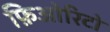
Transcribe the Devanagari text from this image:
फ़िओरिटो